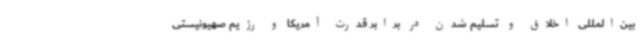
بین‌المللی اخلاق و تسلیم شدن در برابر قدرت آمریکا و رژیم صهیونیستی